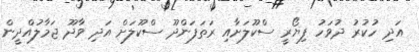
އަދި ހުކުރު ދުވަހު ފިޔޯރީ ސްކޫލަށާއި ރަތަފަންދޫ ސްކޫލަށް އަދި ވާދޫ ޖަމާލުއްދީން